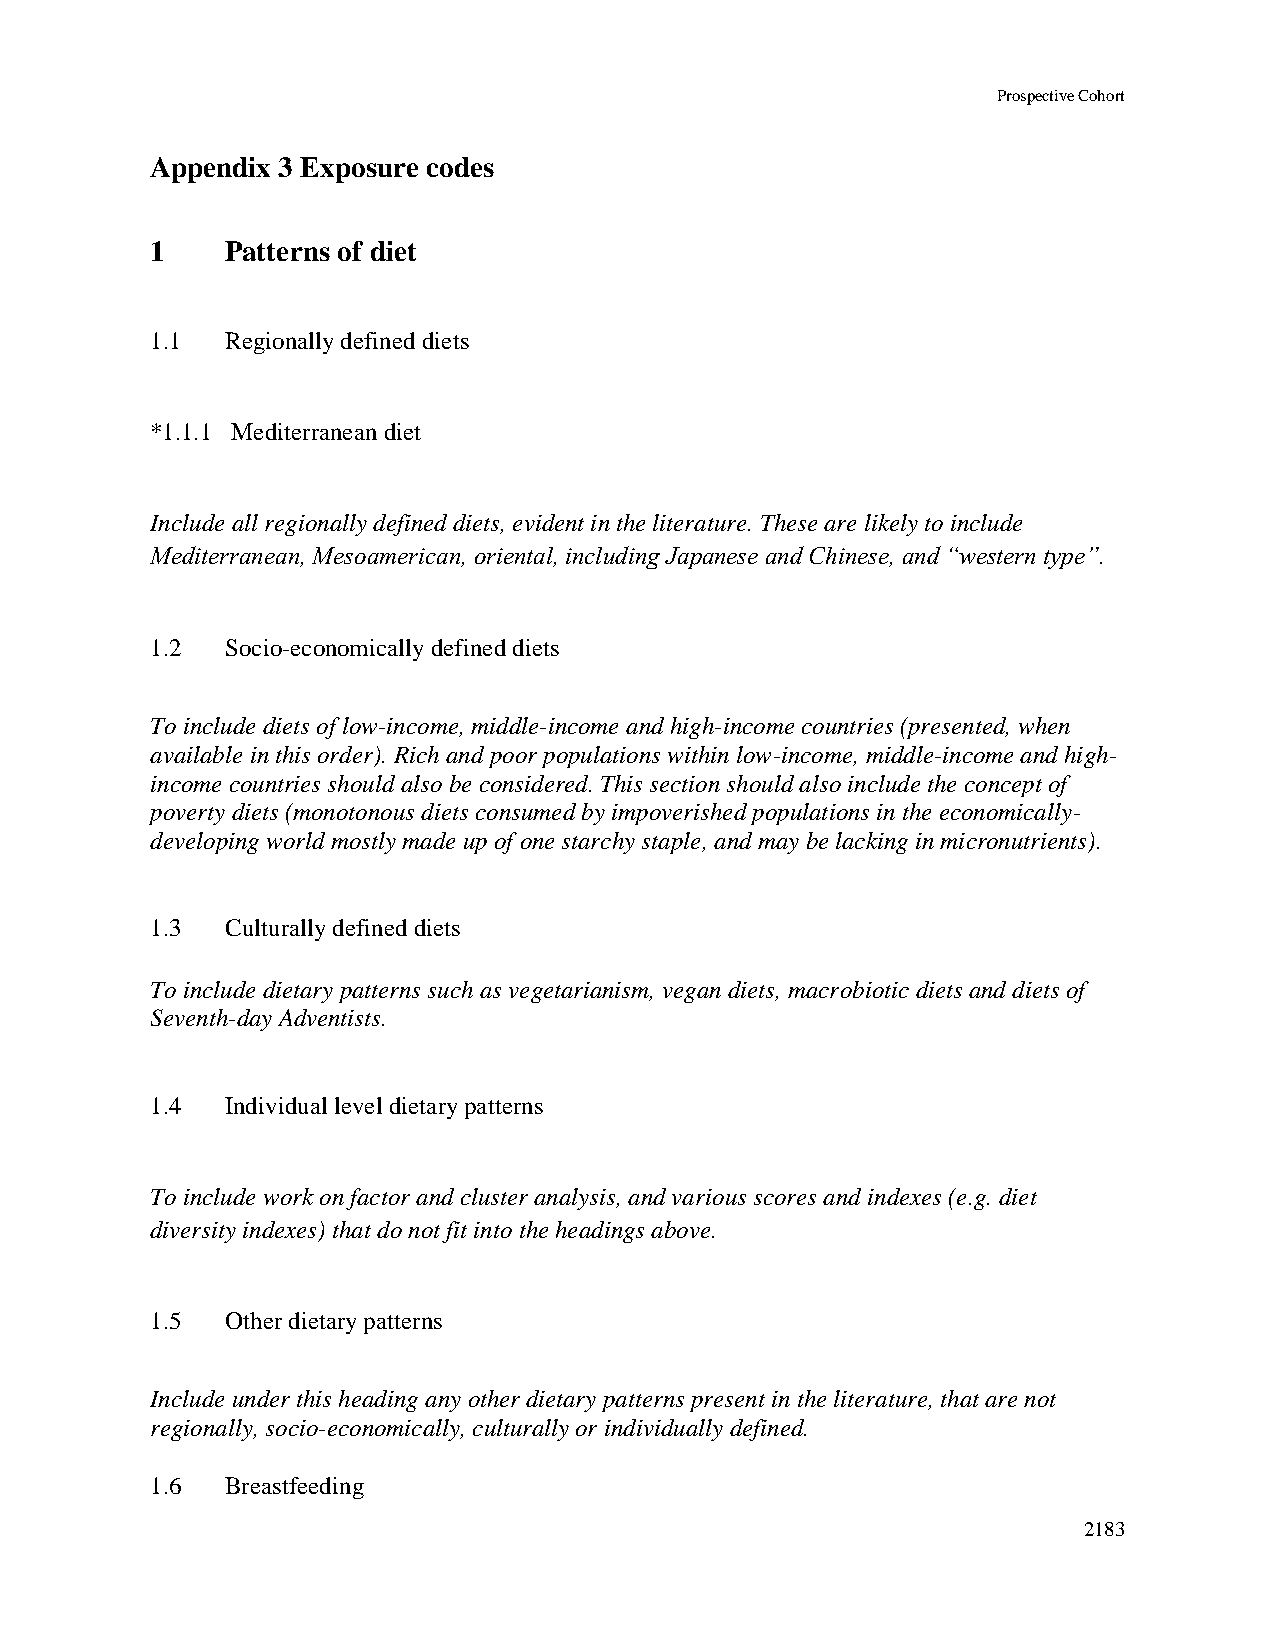
Prospective Cohort
 Appendix 3 Exposure codes
 1    Patterns of diet
 1.1  Regionally defined diets
 *1.1.1 Mediterranean diet
 Include all regionally defined diets, evident in the literature. These are likely to include
 Mediterranean, Mesoamerican, oriental, including Japanese and Chinese, and “western type”.
 1.2  Socio-economically defined diets
 To include diets of low-income, middle-income and high-income countries (presented, when
 available in this order). Rich and poor populations within low-income, middle-income and high-
 income countries should also be considered. This section should also include the concept of
 poverty diets (monotonous diets consumed by impoverished populations in the economically-
 developing world mostly made up of one starchy staple, and may be lacking in micronutrients).
 1.3  Culturally defined diets
 To include dietary patterns such as vegetarianism, vegan diets, macrobiotic diets and diets of
 Seventh-day Adventists.
 1.4  Individual level dietary patterns
 To include work on factor and cluster analysis, and various scores and indexes (e.g. diet
 diversity indexes) that do not fit into the headings above.
 1.5  Other dietary patterns
 Include under this heading any other dietary patterns present in the literature, that are not
 regionally, socio-economically, culturally or individually defined.
 1.6  Breastfeeding
 2183